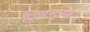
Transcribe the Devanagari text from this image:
हैण्डस्टोन